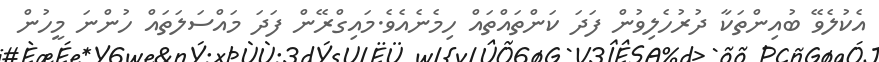
އެކުލެވޭ ބުއިންތަކާ ދުރުހެލިވުން ފަދަ ކަންތައްތައް ހިމެނެއެވެ.މައިގްރޭން ފަދަ މައްސަލަތައް ހުންނަ މީހުން